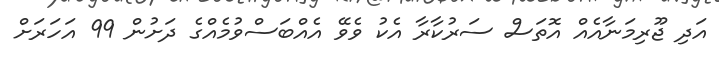
އަދި ޖޫރިމަނާއެއް އޮތަސް ސަރުކާރާ އެކު ވެވޭ އެއްބަސްވުމެއްގެ ދަށުން 99 އަހަރަށް